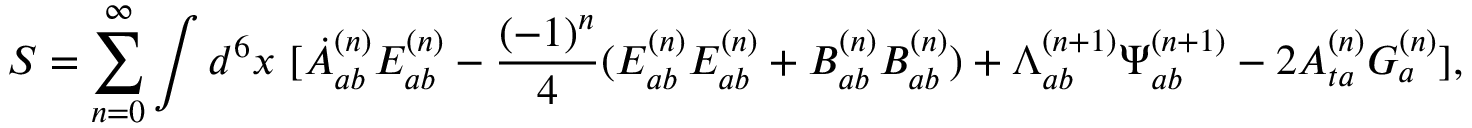
S = \sum _ { n = 0 } ^ { \infty } \int d ^ { 6 } x \ [ \dot { A } _ { a b } ^ { ( n ) } E _ { a b } ^ { ( n ) } - \frac { ( - 1 ) ^ { n } } { 4 } ( E _ { a b } ^ { ( n ) } E _ { a b } ^ { ( n ) } + B _ { a b } ^ { ( n ) } B _ { a b } ^ { ( n ) } ) + { \Lambda } _ { a b } ^ { ( n + 1 ) } { \Psi } _ { a b } ^ { ( n + 1 ) } - 2 A _ { t a } ^ { ( n ) } { \cal G } _ { a } ^ { ( n ) } ] ,